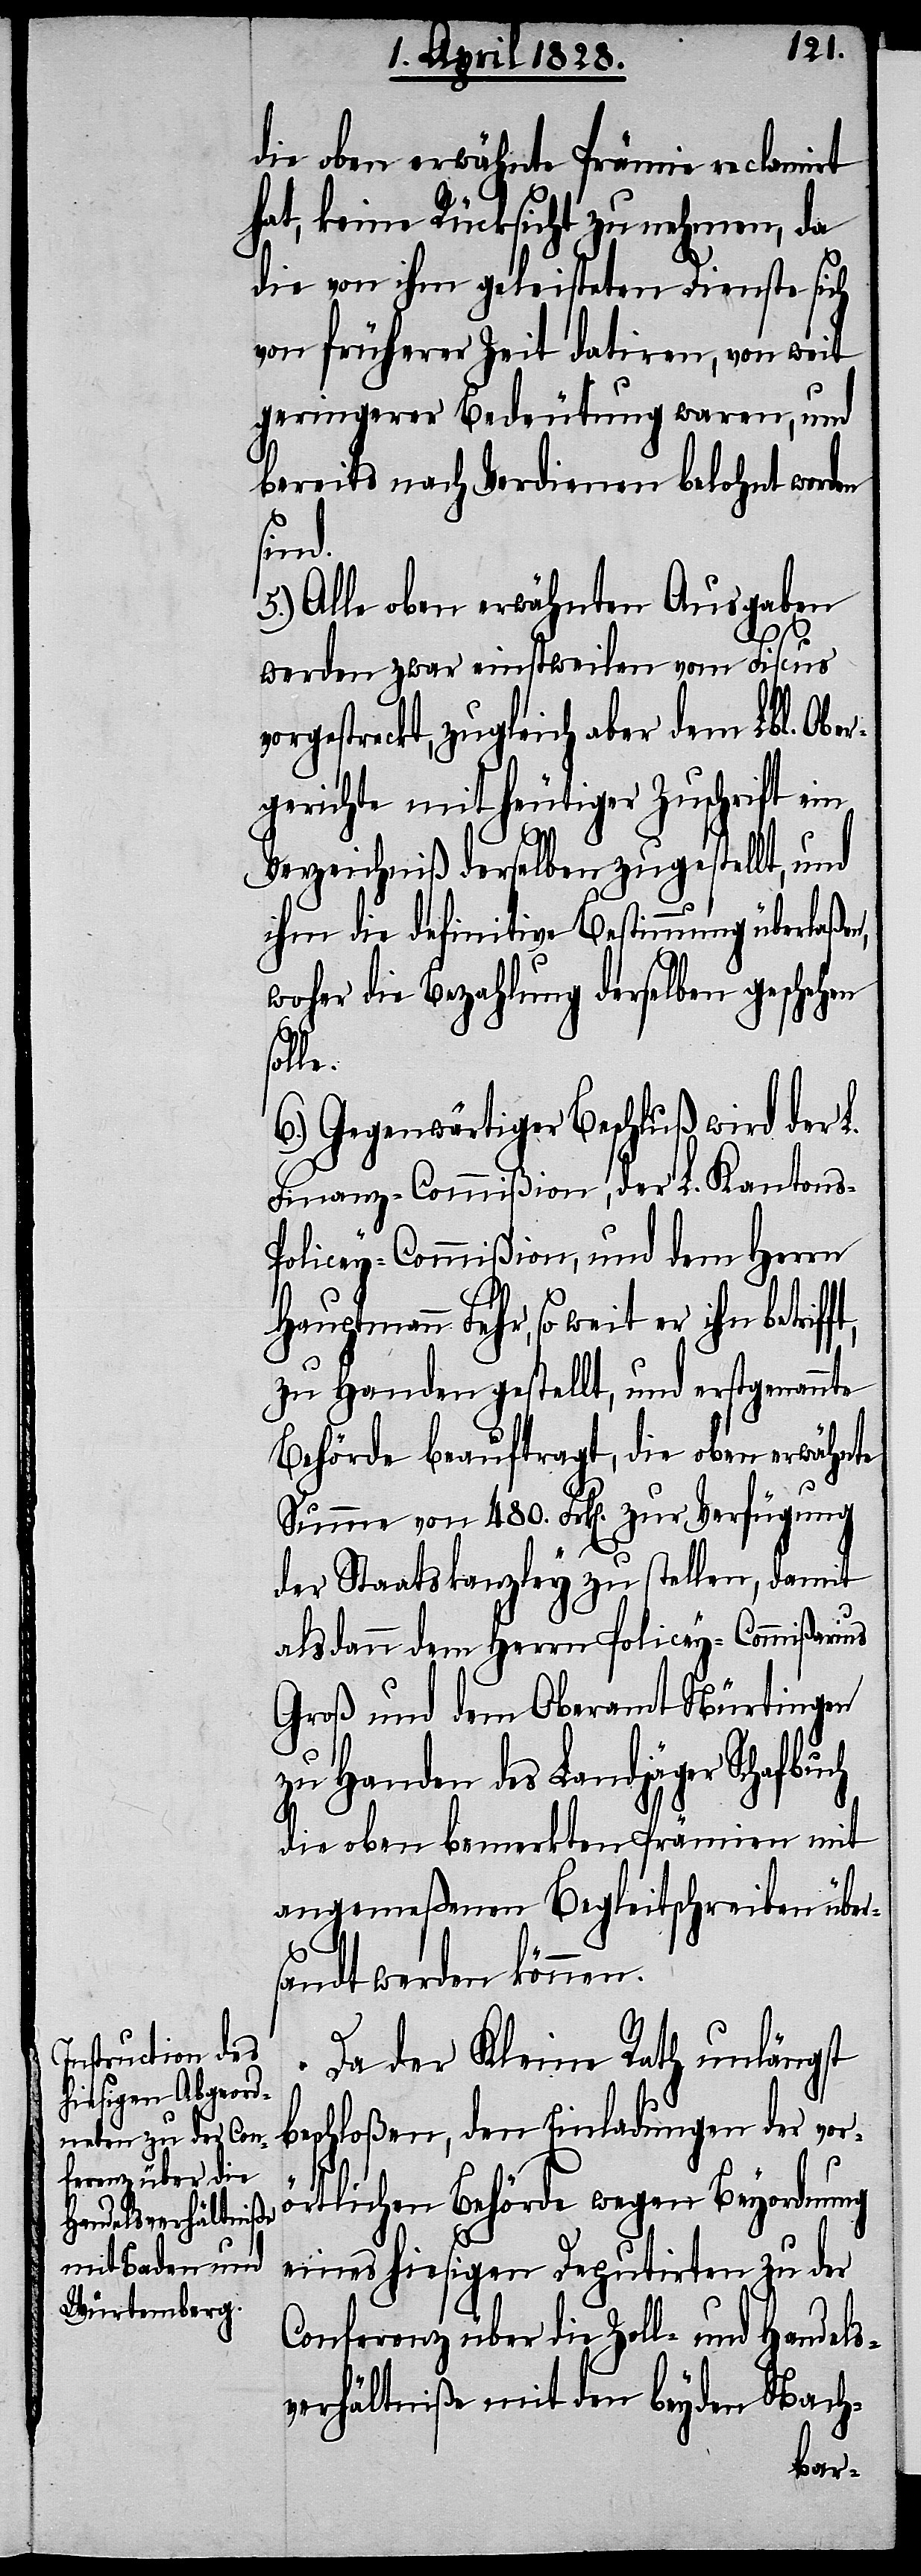
die oben erwähnte Prämie reclamirt
hat, keine Rücksicht zu nehmen, da
die von ihm geleisteten Dienste sich
von früherer Zeit datiren, von weit
geringerer Bedeutung waren, und
bereits nach Verdienen belohnt worden
sind.
5.) Alle oben erwähnten Ausgaben
ft,
werden zwar einstweilen vom Fiscus
orgestreckt, zugleich aber vom Lbl. Ober¬
gerichte mit heutiger Zuschrift ein
Verzeichniß derselben zugestellt, und
ihm die definitive Bestimmung überlaßen,
woher die Bezahlung derselben geschehen
soll¬
6.) Gegenwärtiger Beschluß wird der L.
Finanz-Commißion, der L. Kantons-P¬
olicey-Commißion, und dem Herrn
Hauptmann Fehr, so weit er ihn betrif¬
zu Handen gestellt, und erstgenannte
Behörde beauftragt, die oben erwähnte
Summe von 480. Frk[en]. zur Verfügung
der Staatskanzley zu stellen, damit
alsdann dem Herrn Policey-Commimßarius
Groß und dem Oberamt Nürtingen
zu Handen des Landjäger Schafbuch
die oben bemerkten Prämien mit
angemeßenen Begleitschreiben über¬
sandt werden können.
Da der Kleine Rath unlängst
beschloßen, den Einladungen der vor¬
örtlichen Behörde wegen Beyordnung
eines hiesigen Deputirten zu der
Conferenz über die Zoll- und Handels¬
verhältniße mit den beyden Nach-